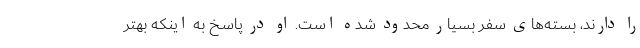
را دارند، بسته‌های سفر بسیار محدود شده است. او در پاسخ به اینکه بهتر